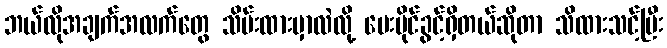
ဘယ်လိုအချက်အလက်တွေ သိမ်းထားမှာလဲလို့ မေးပိုင်ခွင့်ရှိတယ်ဆိုတာ သိထားသင့်ပြီး